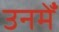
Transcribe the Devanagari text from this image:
उनमेँ